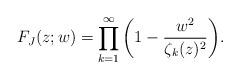
\begin{align*}F_{J}(z;w)=\prod_{k=1}^{\infty}\left(1-\frac{w^{2}}{\zeta_{k}(z)^{2}}\right)\!.\end{align*}